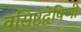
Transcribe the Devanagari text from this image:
वसिष्ठद्वेषिणी